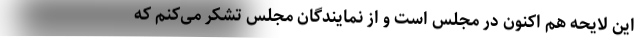
این لایحه هم اکنون در مجلس است و از نمایندگان مجلس تشکر می‌کنم که